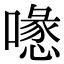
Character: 𠿔